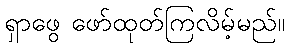
ရှာဖွေ ဖော်ထုတ်ကြလိမ့်မည်။